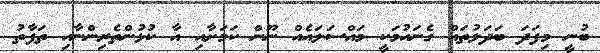
ބުނީ މިފަދަ ބަދަލުތައް ގެނައުމަކީ މައްސަލައެއް ނޫން ކަމަށާއި އާ ކުޅުންތެރިންނާއި ތަފާތު